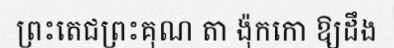
ព្រះតេជព្រះគុណ តា ង៉ុកកោ ឱ្យដឹង